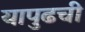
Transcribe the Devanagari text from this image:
यापुढची